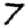
Digit: 7